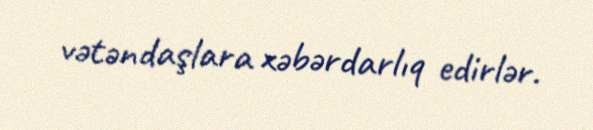
vətəndaşlara xəbərdarlıq edirlər.